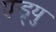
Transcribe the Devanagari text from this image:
एन्ड्र्यु